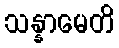
သန္နာမေတိ